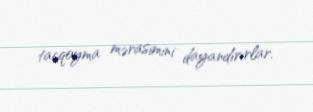
tacqoyma mərasimini dayandırırlar.